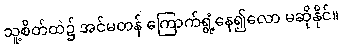
သူ့စိတ်ထဲ၌ အင်မတန် ကြောက်ရွံ့နေ၍လော မဆိုနိုင်။